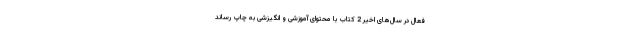
فعال در سال‌های اخیر 2 کتاب با محتوای آموزشی و انگیزشی به چاپ رساند